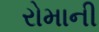
રોમાની